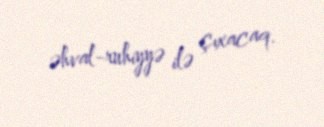
əhval-ruhiyyə ilə çıxacaq.